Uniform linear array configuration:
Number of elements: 64
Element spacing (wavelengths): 0.25
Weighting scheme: blackman
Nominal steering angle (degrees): -30
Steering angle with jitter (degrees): -29.255
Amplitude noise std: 0.05
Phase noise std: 0.05

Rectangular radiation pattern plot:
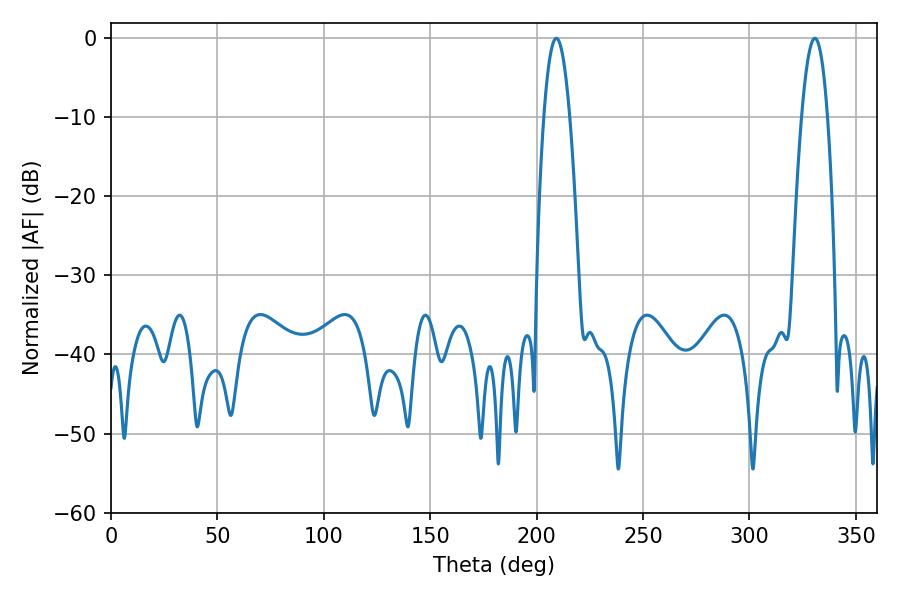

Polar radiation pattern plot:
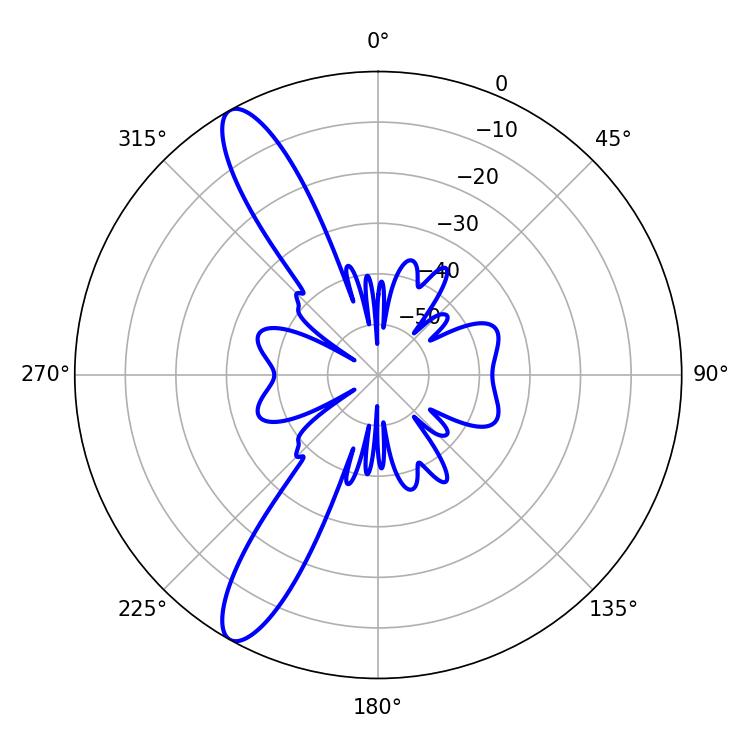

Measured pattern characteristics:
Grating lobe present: FALSE
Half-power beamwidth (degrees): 6.66
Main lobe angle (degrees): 330.66